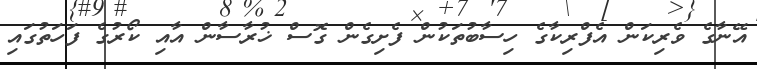
އޭނާގެ ވެރިކަން އެފްރިކާގެ ހިސާބުތަކުން ފެށިގެން ގޮސް ޚުރާސާން އާއި ކޯރުގެ ފަހަތުގައި